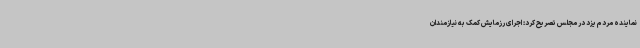
نماینده مردم یزد در مجلس تصریح کرد: اجرای رزمایش کمک به نیازمندان